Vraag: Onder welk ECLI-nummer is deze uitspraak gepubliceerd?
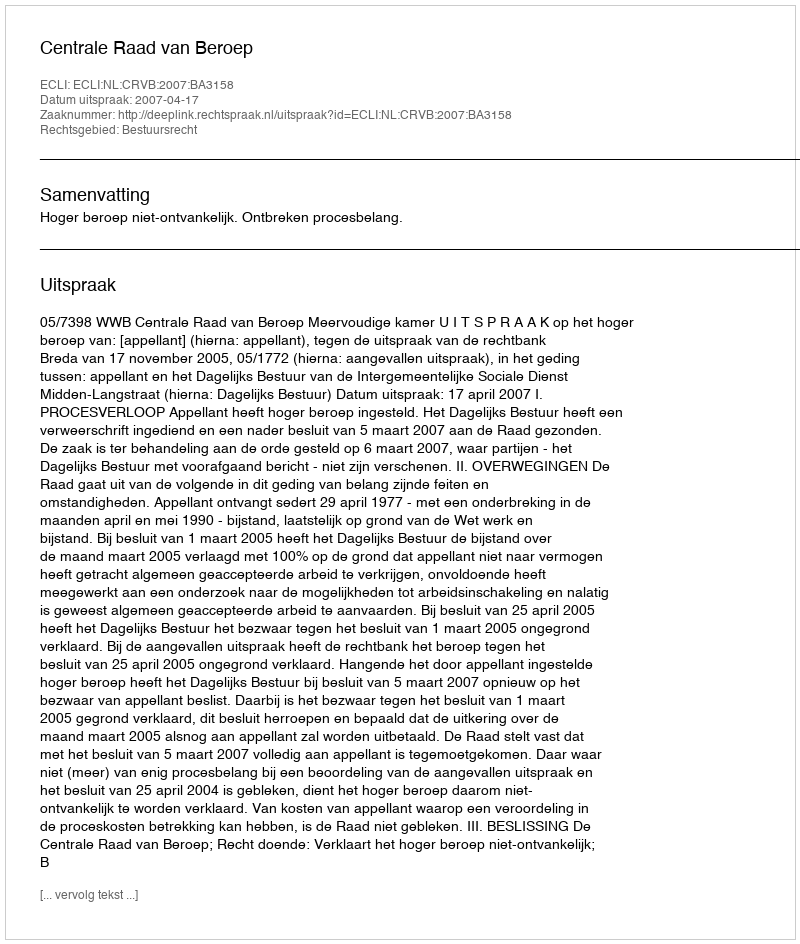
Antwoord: ECLI:NL:CRVB:2007:BA3158